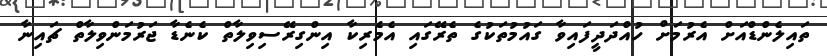
ތައިލެންޑްއަށް އެރުމަށް ހުއްދަދީފައިވާ ގައުމުތަކުގެ ތެރޭގައި އެމެރިކާ އިންގިރޭސިވިލާތް ކެނެޑާ ޖަރުމަންވިލާތް ޗައިނާ